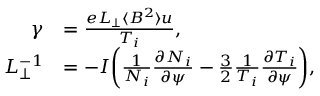
\begin{array} { r l } { \gamma } & { = \frac { e L _ { \perp } \langle B ^ { 2 } \rangle u } { T _ { i } } , } \\ { L _ { \perp } ^ { - 1 } } & { = - I \bigg ( \frac { 1 } { N _ { i } } \frac { \partial N _ { i } } { \partial \psi } - \frac { 3 } { 2 } \frac { 1 } { T _ { i } } \frac { \partial T _ { i } } { \partial \psi } \bigg ) , } \end{array}